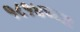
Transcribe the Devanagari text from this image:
१८१४च्या